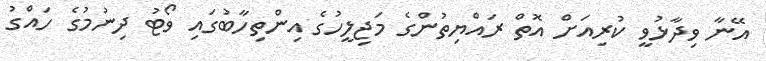
އޭނާ ވިދާޅުވީ ކުރިއަށް އޮތް ރައްޔިތުންގެ މަޖިލީހުގެ އިންތިހާބުގައި ވޯޓު ދިނުމުގެ ހައްގު